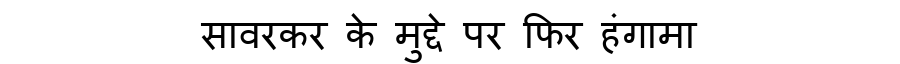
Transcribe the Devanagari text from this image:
सावरकर के मुद्दे पर फिर हंगामा